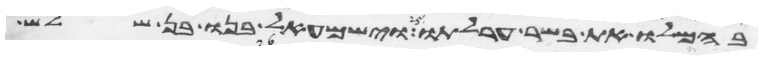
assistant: בהמלו את בשר ערלתו וישמעאל בנו בן שלש